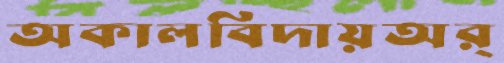
অকালবিদায়অর্